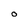
Character: O